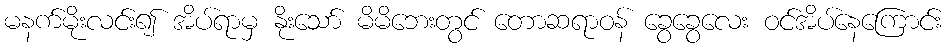
မနက်မိုးလင်း၍ အိပ်ရာမှ နိုးသော် မိမိဘေးတွင် တောဆရာဝန် ခွေခွေလေး ဝင်အိပ်နေကြောင်း